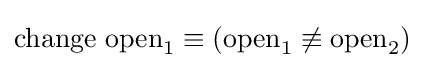
{\text{change open}}_{1}\equiv ({\text{open}}_{1}\not \equiv {\text{open}}_{2})